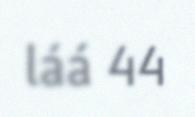
láá 44